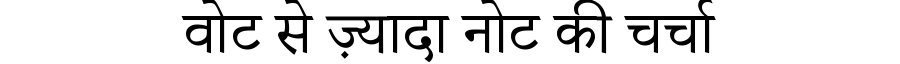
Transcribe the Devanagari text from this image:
वोट से ज़्यादा नोट की चर्चा